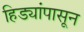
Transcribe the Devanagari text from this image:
हिड्यांपासून